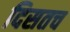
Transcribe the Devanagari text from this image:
दिसतच